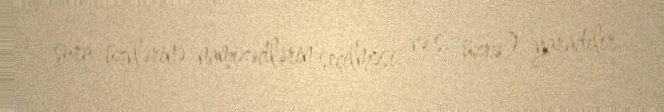
şura üzvlərinə namizədlərin seçilməsi və s. üzrə) yaradılır.